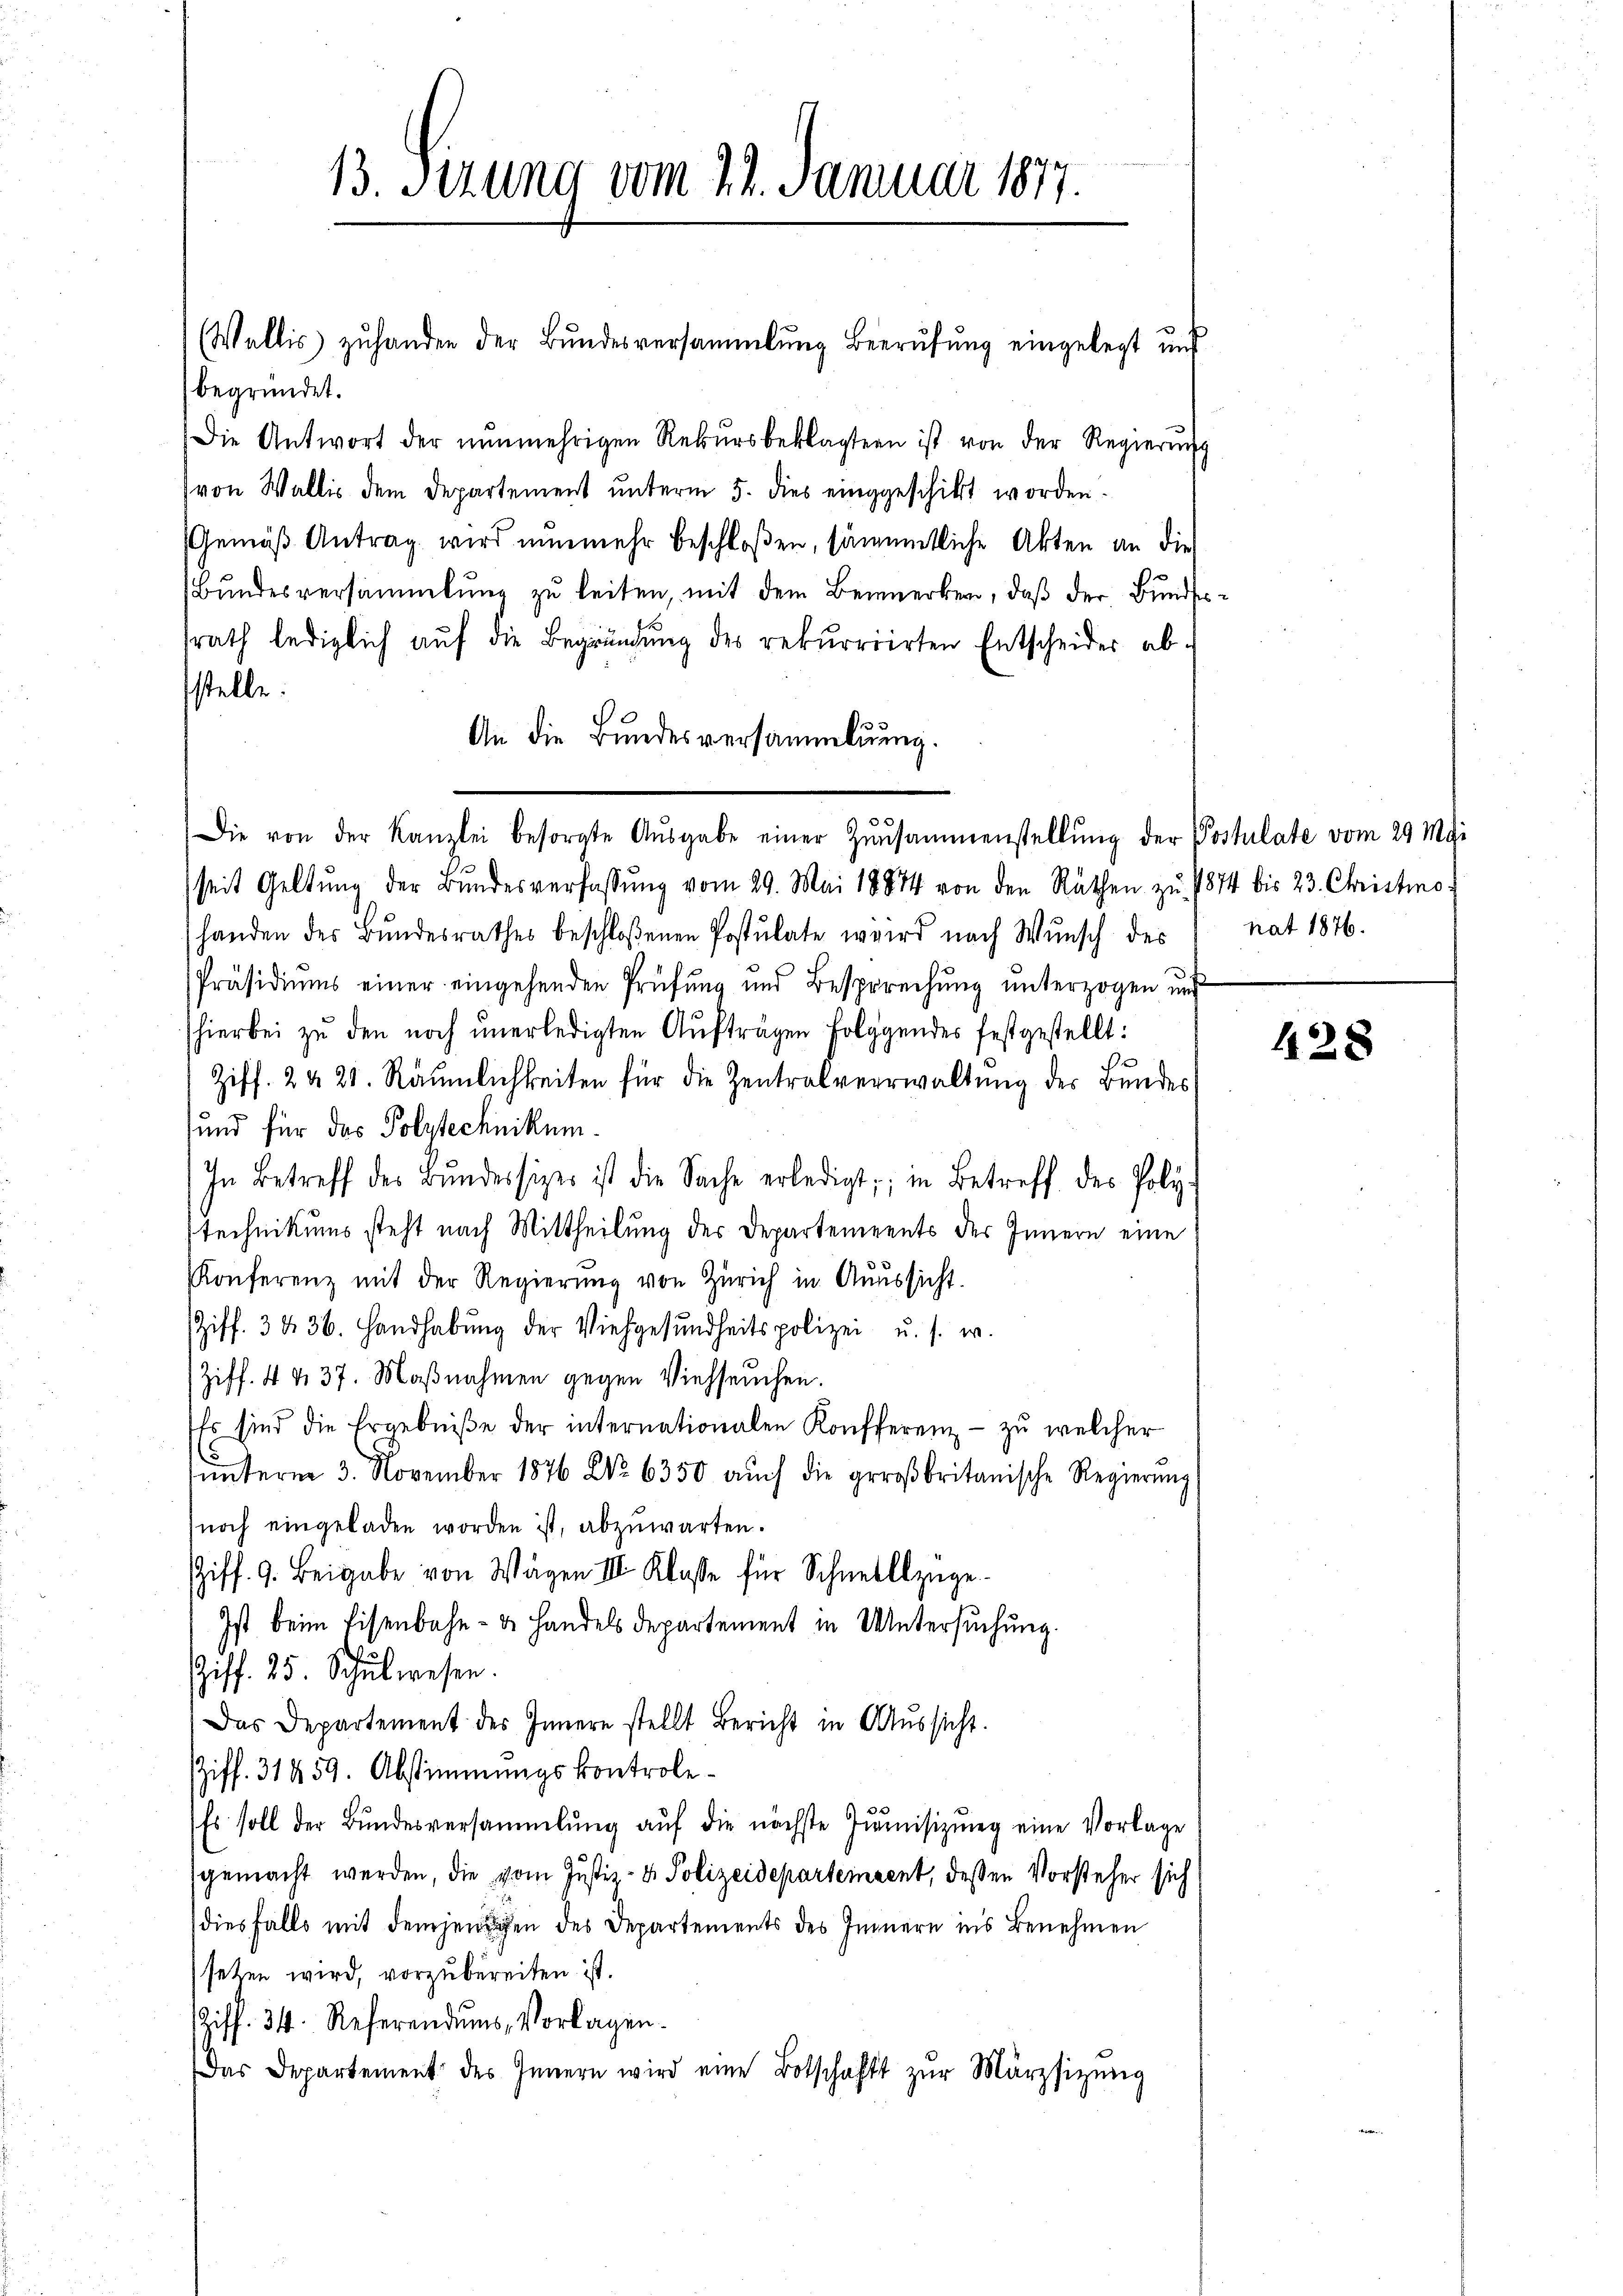
13. Sitzung vom 22. Januar 1877.

(Wallis zuhanden der Bundesversammlung Berufung eingelegt und
begründet.
Die Antwort der nŭnmehrigen Rekursbeklagten ist von der Regierung
(von Wallis dem Departement unterm 5. dies einggeschikt worden.
Gemäß Antrag wird nunmehr beschloßen, sämmtliche Akten an die
Bundesversammlung zu leiten, mit dem Bemerken, daß der Bundessrath lediglich aŭf die Begründung des rekurrirten Entscheider ab-
stelle.
An die Bundesversammlung.
Die von der Kanzlei besorgte Aŭsgabe einer Zŭsammenstellŭng der Postulate vom 29 Mai
seit Geltŭng der Bŭndesverfassŭng vom 29. Mai 18874 von den Räthen zŭ 1874 bis 23. Christmohanden des Bundesrathes beschloßenen Postulate wird nach Wunsch des nat 1876.
Präsidiums einer eingehenden Prüfung und Besprechŭng ŭnterzogen und
hierbei zu den noch unerledigten Aufträgen folggendes festgestellt:
Ziff. 2420. Räumlichkeiten für die Zentralverwaltung der Bundes,
und für das Polytechnikum.
In Betreff des Bŭndessizer ist die Sache erledigt; in Betreff des Poly-
technikums steht nach Mittheilung der Departements des Innern eine
Konferenz mit der Regierŭng von Zürich in Aŭssicht.
Ziff. 3 § 36. Handhabung der Viehgesundheitspolizei u. s. w.
(Ziff. 4 & 37. Maßnahmen gegen Viehseuchen.
Es sind die Ergebniβe der internationalen Konfferenz- zŭ welcher
ŭnterm 3. November 1876 Nr. 6350 aŭch die großbritanische Regierŭng
noch eingeladen worden ist, abzuwarten.
Ziff. 9. Beigabe von Wagen III Klasse für Schnellzüge
Ist beim Eisenbahn- u. Handels departement in Untersuchung.
Ziff. 25. Schulwesen.
Das Departement des Innern stellt Bericht in Aŭssicht.
Ziff. 31459. Abstimmungskontrole¬
Es soll der Bundesversammlung aŭf die nächste Jŭmisizung eine Vorlage
sgemacht werden, die vom Justiz- & Polizeidepartement, deßen Vorsteher sich
diesfalls mit demjenigen des Departements des Innern in’s Benehmen
setzen wird, vorzubereiten ist.
Ziff. 34. Referendums, Vorlagen.
Das Departement des Innern wird eine Botschaft zŭr Märzsizŭng

428